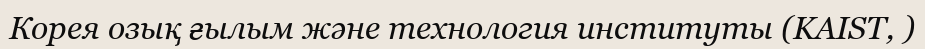
Корея озық ғылым және технология институты (KAIST, )